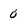
Character: 0